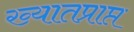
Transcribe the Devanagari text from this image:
ख्यातप्राप्त